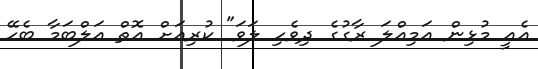
އެއީ މުޅިން އަމިއްލަ ރާގުގެ ދިވެހި ލަވަ" ކުރިއަށް އޮތް އަލްބަމާ ބެހޭ